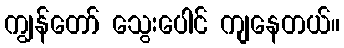
ကျွန်တော် သွေးပေါင် ကျနေတယ်။